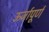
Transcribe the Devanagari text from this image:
ऊर्जापूर्ण